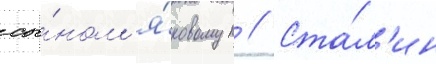
сы́ном я́ковом // Ста́л'ин